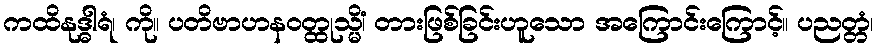
ကထိနုဒ္ဓါရံ၊ ကို။ ပတိဗာဟနဝတ္ထုသ္မိံ၊ တားဖြစ်ခြင်းဟူသော အကြောင်းကြောင့်။ ပညတ္တံ၊